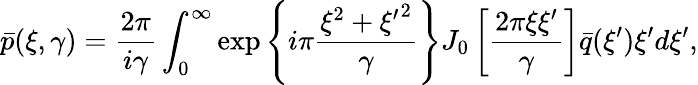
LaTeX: \bar{p}(\xi,\gamma)=\frac{2\pi}{i\gamma}\int_{0}^{\infty}\exp\left\{ i\pi\frac{\xi^{2}+{\xi^{\prime}}^{2}}{\gamma}\right\} J_{0}\left[\frac{2\pi\xi\xi^{\prime}}{\gamma}\right]\bar{q}(\xi^{\prime})\xi^{\prime}d\xi^{\prime},